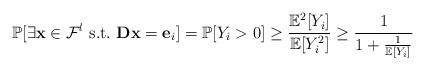
LaTeX: \begin{align*} \mathbb{P}[\exists \mathbf{x} \in \mathcal{F}^l ~\textrm{s.t.}~ \mathbf{D} \mathbf{x} = \mathbf{e}_i] = \mathbb{P}[Y_i > 0] \ge \frac{\mathbb{E}^2[Y_i]}{\mathbb{E}[Y_i^2]} \ge \frac{1}{1+\frac{1}{\mathbb{E}[Y_i]}} \end{align*}